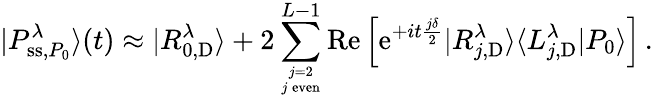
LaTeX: |P_{\mathrm{ss},P_{0}}^{\lambda}\rangle(t)\approx|R_{0,\mathrm{D}}^{\lambda}\rangle+2\sum_{j=2\atop j\, \mathrm{even}}^{L-1}\mathrm{Re}\left[\mathrm{e}^{+it\frac{j\delta}{2}}|R_{j,\mathrm{D}}^{\lambda}\rangle\langle L_{j,\mathrm{D}}^{\lambda}|P_{0}\rangle\right]\, .